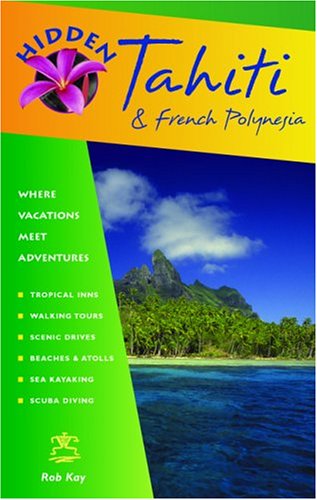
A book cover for Hidden Tahiti and French Polynesia: Including Moorea, Bora Bora, and the Society, Austral, Gambier, Tuamotu, and Marquesas Islands (Hidden Travel); Rob Kay; Travel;